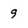
Character: 9